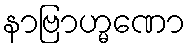
နာဗြာဟ္မဏော